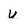
Character: U